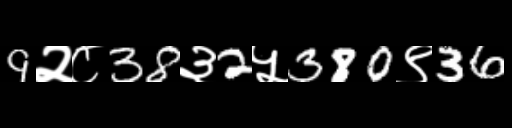
Text: 9२८38३2५380९36